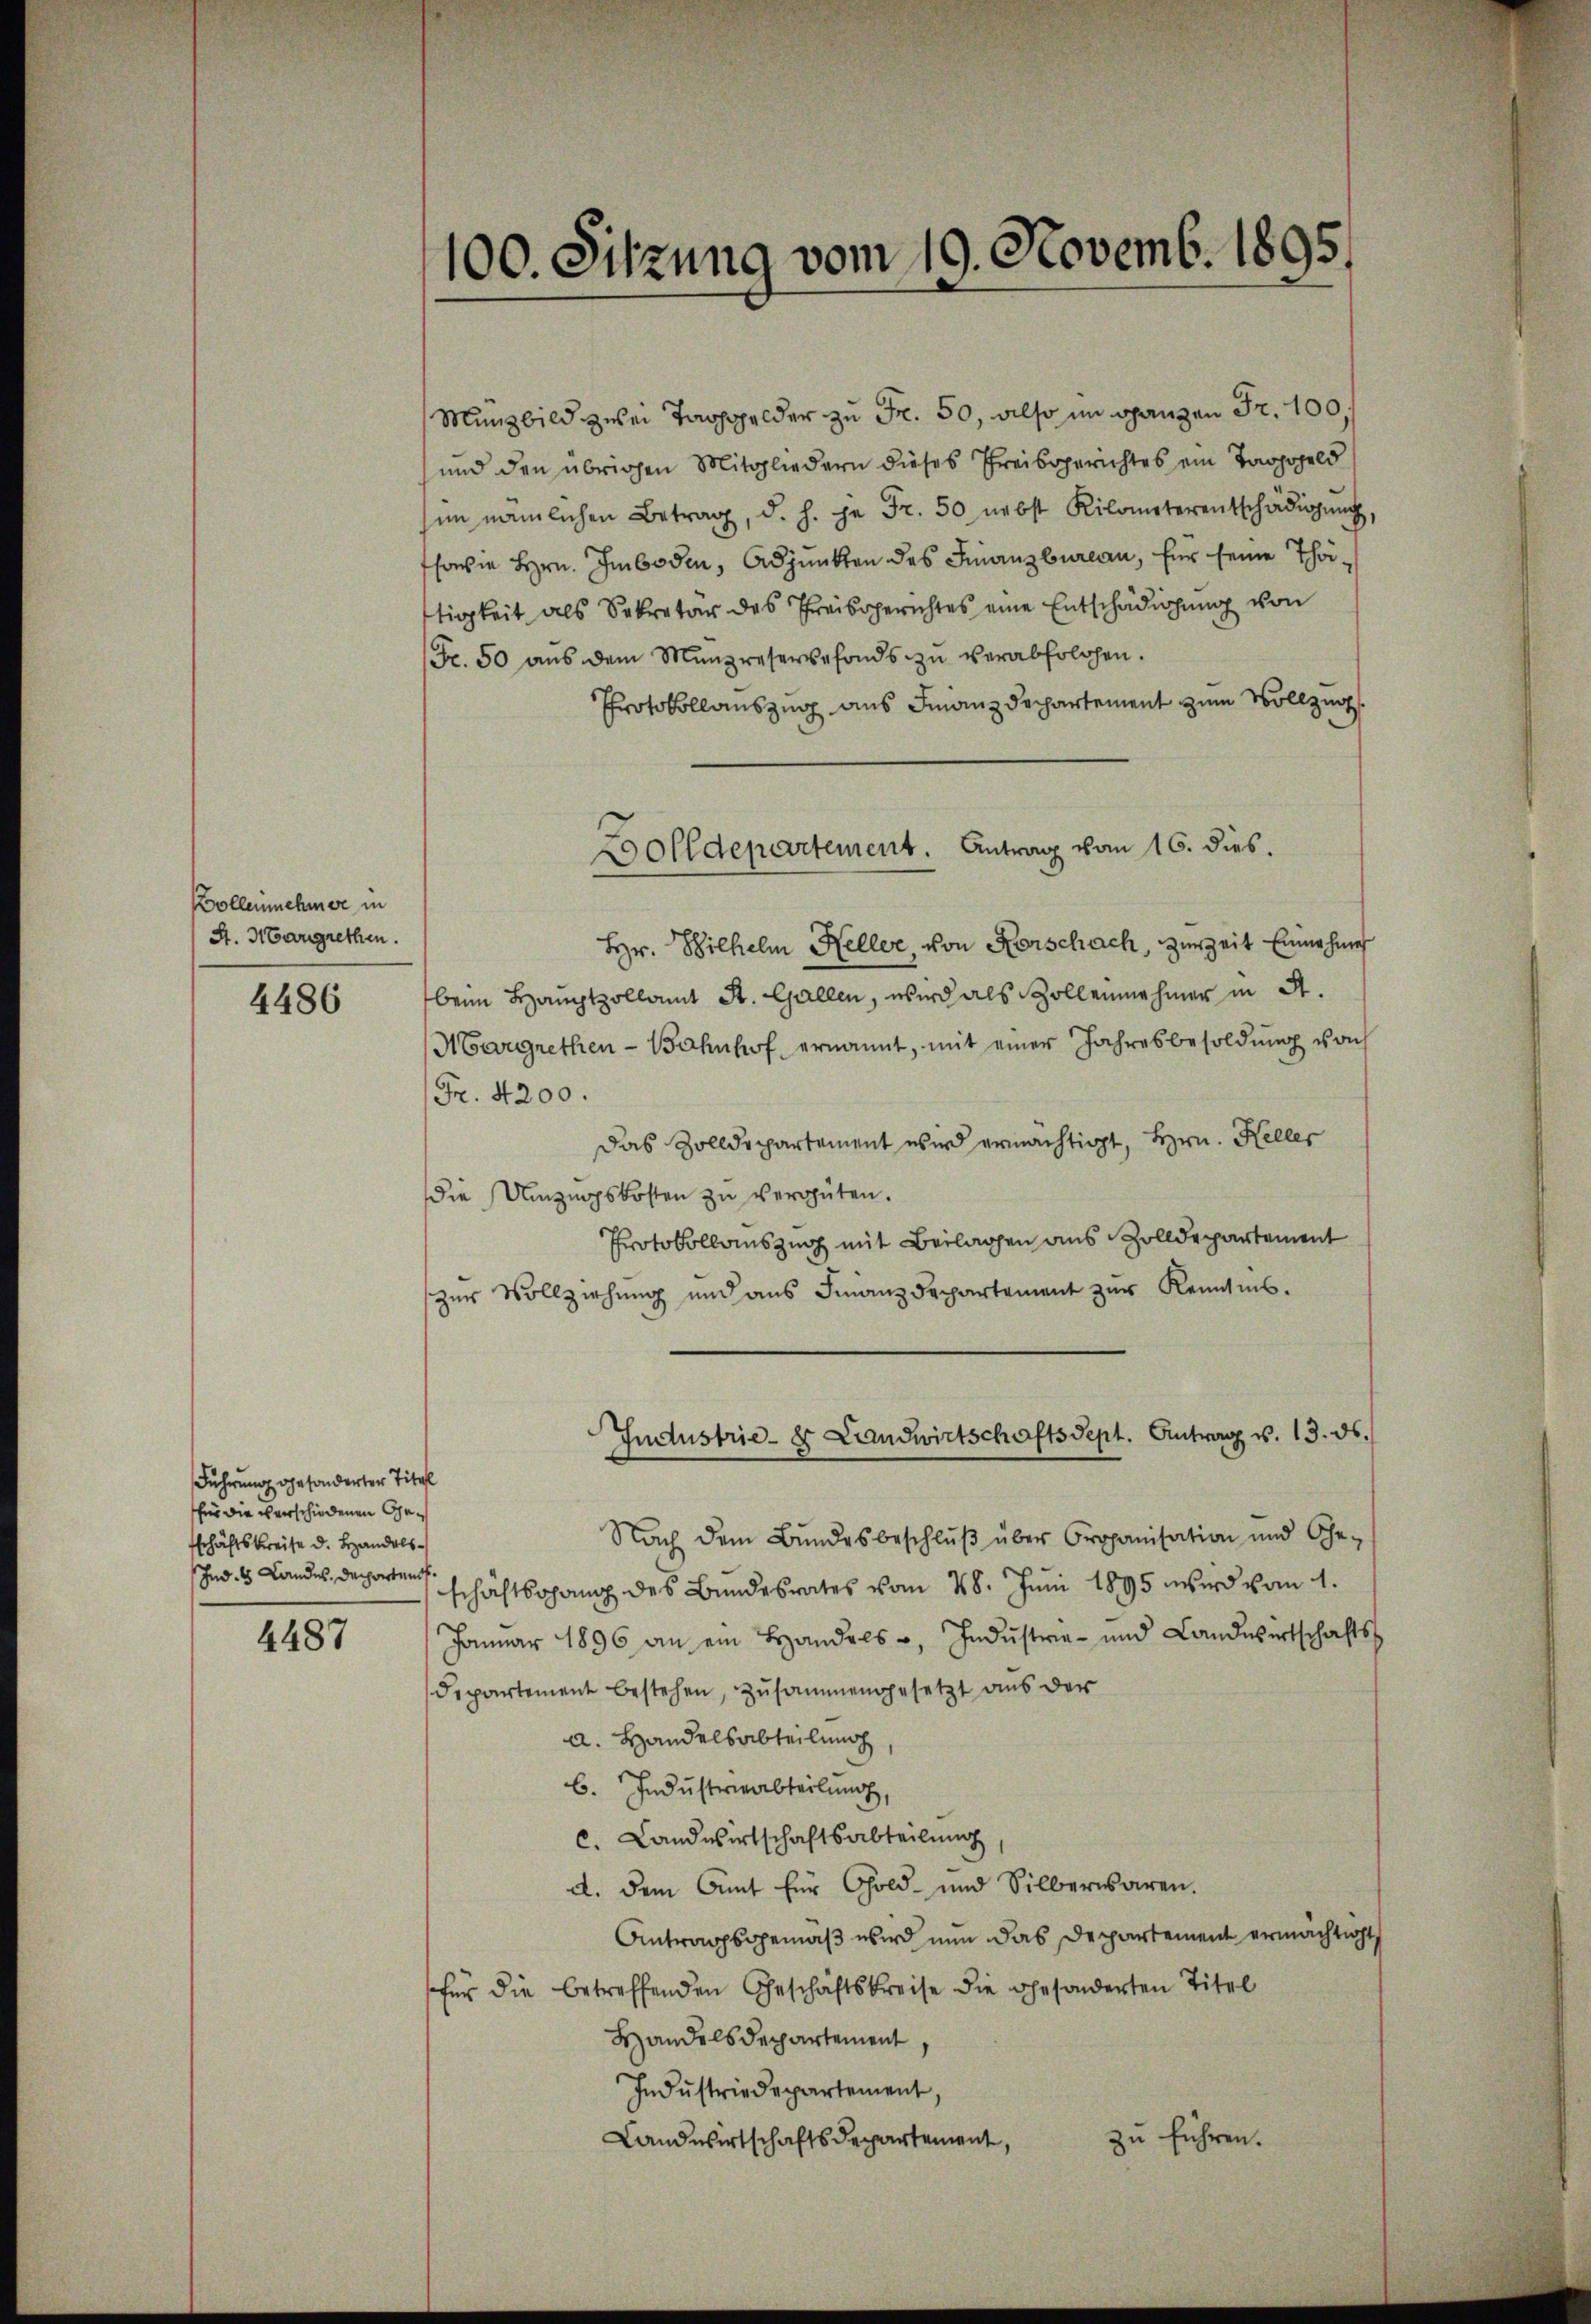
Vollennehme in
St. Margrethen.

4486

Führung gesonderter Titel
für die verschiedenen Geschäftskreise d. Handels-
Ind 8 Landes Departen

4487

100. Sitzung vom 19. Novemb. 1895.

Münzbild zwei Taggelder zu Fr. 50, also im ganzen Fr. 100.
und den übrigen Mitgliedern dieses Preisgerichtes ein Taggeld
im nämlichen Betrag, d. h. je Fr. 50 nebst Kilometerentschädigŭng,
sowie Hrn. Imboden, Adjunkten des Finanzbureau, für seine Thätigkeit als Sekretär des Preisgerichtes eine Entschädigung von
Fr. 50 aŭs dem Münzreservefonds zŭ verabfolgen.
Protokollauszug aus Finanz Dechartement zum Vollzug
Hr. Wilhelm Heller, von Rorschach, zur Zeit Einnahme
beim Hauptzollamt St. Gallen, wird als Zollennehmer in A.
Margrethen - Bahnhof ernannt, mit einer Jahresbesoldung von
Fr. 4200.
Das Zolldepartement wird ermächtigt, Hrn. Keller
die Umzugskosten zu vergüten.
Protokollauszug mit Beilagen aus Zolldepartement
zur Vollziehung und aus Finanzdepartement zur Kenntnis¬
Industrie- & Landwirtschaftsdept. Antrag v. 13. ds.
Nach dem Bundesbeschlŭβ über Organisation und Ge-
schäftsohang des Bundesrates vom 28. Juni 1895 wird vom 1.
Januar 1896 an ein Handels, Industrie- und Landwirtschafts-
departement bestehen, zusammengesetzt aus der
a. Handelsabteilung
6. Industrieabteilung
c. Landwirtschaftsabteilung
a. dem Amt für Gold- und Silberwaren.
Antragsgemäβ wird nun das Departement ermächtigt,
für die betreffenden Geschäftskreise die gesonderten Titel
Handelsdepartement
Indŭstriedepartement,
Landwirtschaftsdepartement,
zu führen.

2olldepartement. Antrag vom 16. dies.